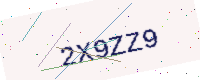
Text: 2X9ZZ9